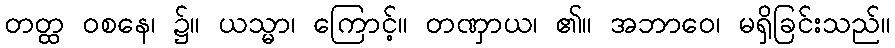
တတ္ထ ဝစနေ၊ ၌။ ယသ္မာ၊ ကြောင့်။ တဏှာယ၊ ၏။ အဘာဝေ၊ မရှိခြင်းသည်။